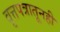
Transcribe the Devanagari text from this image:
वृत्तपत्रातूनही